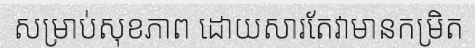
សម្រាប់សុខភាព ដោយសារតែវាមានកម្រិត